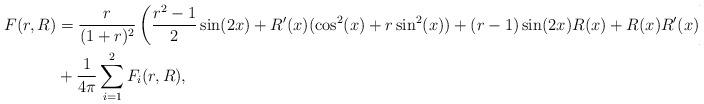
LaTeX: \begin{align*}F(r,R) & = \frac{r}{(1+r)^2}\left(\frac{r^2-1}{2}\sin(2x) + R'(x)(\cos^2(x) + r \sin^{2}(x)) + (r-1)\sin(2x)R(x) + R(x)R'(x)\right) \\& + \frac{1}{4\pi}\sum_{i=1}^{2} F_{i}(r,R),\end{align*}